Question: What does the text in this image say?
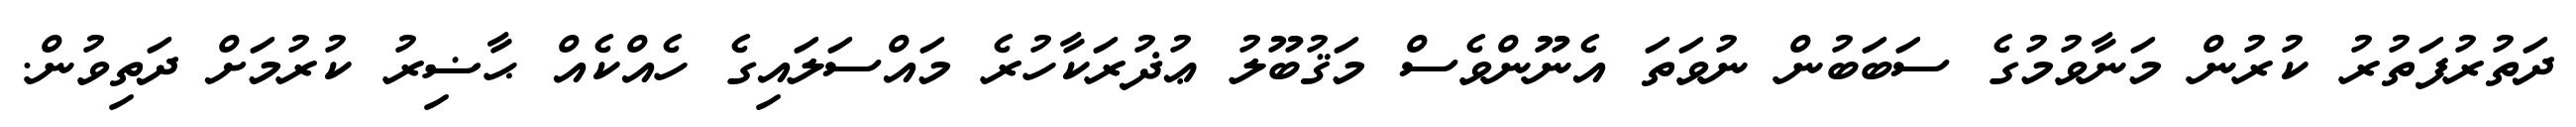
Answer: ދަތުރުފަތުރު ކުރުން މަނާވުމުގެ ސަބަބުން ނުވަތަ އެނޫންވެސް މަޤުބޫލު ޢުޛުރަކާހުރެ މައްސަލައިގެ ހެއްކެއް ޙާޟިރު ކުރުމަށް ދަތިވުން.